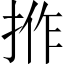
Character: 𢭢